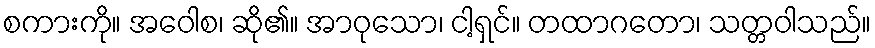
စကားကို။ အဝေါစ၊ ဆို၏။ အာဝုသော၊ ငါ့ရှင်။ တထာဂတော၊ သတ္တဝါသည်။